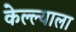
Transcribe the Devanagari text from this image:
केल्ल्याला